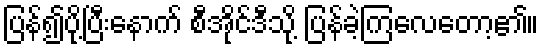
ပြန်၍ပို့ပြီးနောက် စီအိုင်ဒီသို့ ပြန်ခဲ့ကြလေတော့၏။